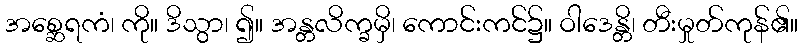
အစ္ဆေရကံ၊ ကို။ ဒိသွာ၊ ၍။ အန္တလိက္ခမှိ၊ ကောင်းကင်၌။ ဝါဒေန္တိ၊ တီးမှုတ်ကုန်၏။